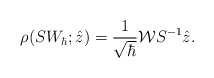
\begin{align*} \rho(S W_{\hbar}; \hat{z}) = \frac{1}{\sqrt{\hbar}} \mathcal{W} S^{-1} \hat{z}. \end{align*}